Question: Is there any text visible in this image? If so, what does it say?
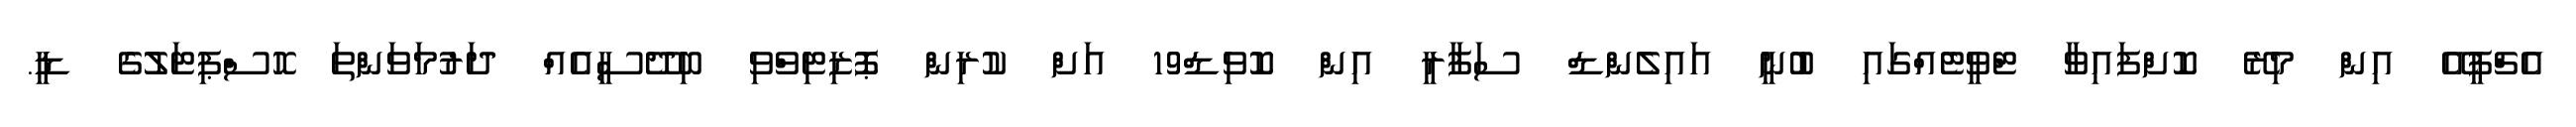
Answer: އެޗްޕީއޭ އިން މިރޭ ކޮށްފައިވާ ޓްވީޓެއްގައި ބުނީ އައިލެންޑް ސަފާރީ އިން ކޮވިޑް19 އަށް ކުރިން ޕޮޒިޓިވްވި ބިދޭސީއެއް ދަރުމަވަންތަ ހޮސްޕިޓަލުގެ ޑީ.